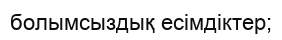
болымсыздық есімдіктер;